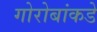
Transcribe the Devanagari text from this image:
गोरोबांकडे